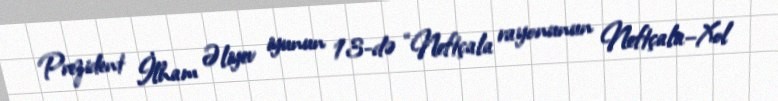
Prezident İlham Əliyev iyunun 13-də “Neftçala rayonunun Neftçala–Xol